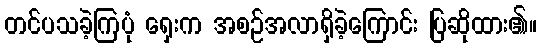
တင်ပသခဲ့ကြပုံ ရှေးက အစဉ်အလာရှိခဲ့ကြောင်း ပြဆိုထား၏။